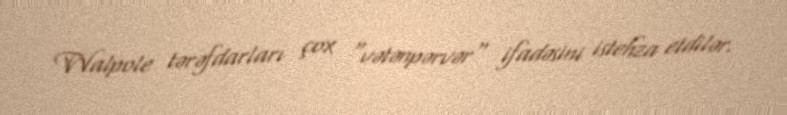
Walpole tərəfdarları çox "vətənpərvər" ifadəsini istehza etdilər.